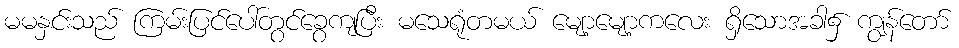
မမနှင်းသည် ကြမ်းပြင်ပေါ်တွင်ခွေကျပြီး မသေရုံတမယ် မျော့မျော့ကလေး ရှိသောအခါ၌ ကျွန်တော်